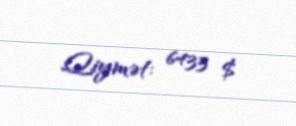
Qiymət: 6433 $